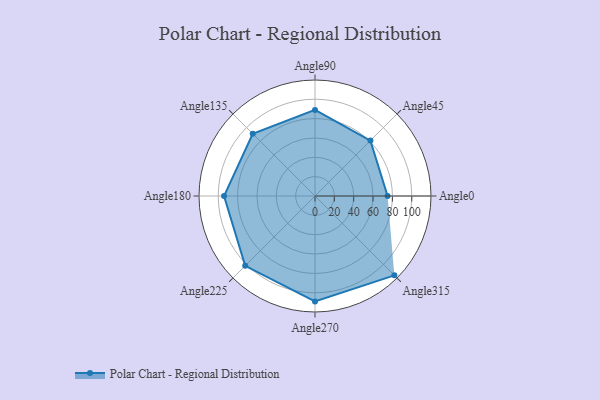
{"axis": {"x": "Angle", "y": "Radius"}, "legend": [""], "data": [{"x": "Angle0", "y": 75.0, "type": ""}, {"x": "Angle45", "y": 81.0, "type": ""}, {"x": "Angle90", "y": 89.0, "type": ""}, {"x": "Angle135", "y": 91.0, "type": ""}, {"x": "Angle180", "y": 94.0, "type": ""}, {"x": "Angle225", "y": 102.0, "type": ""}, {"x": "Angle270", "y": 109.0, "type": ""}, {"x": "Angle315", "y": 116.0, "type": ""}]}